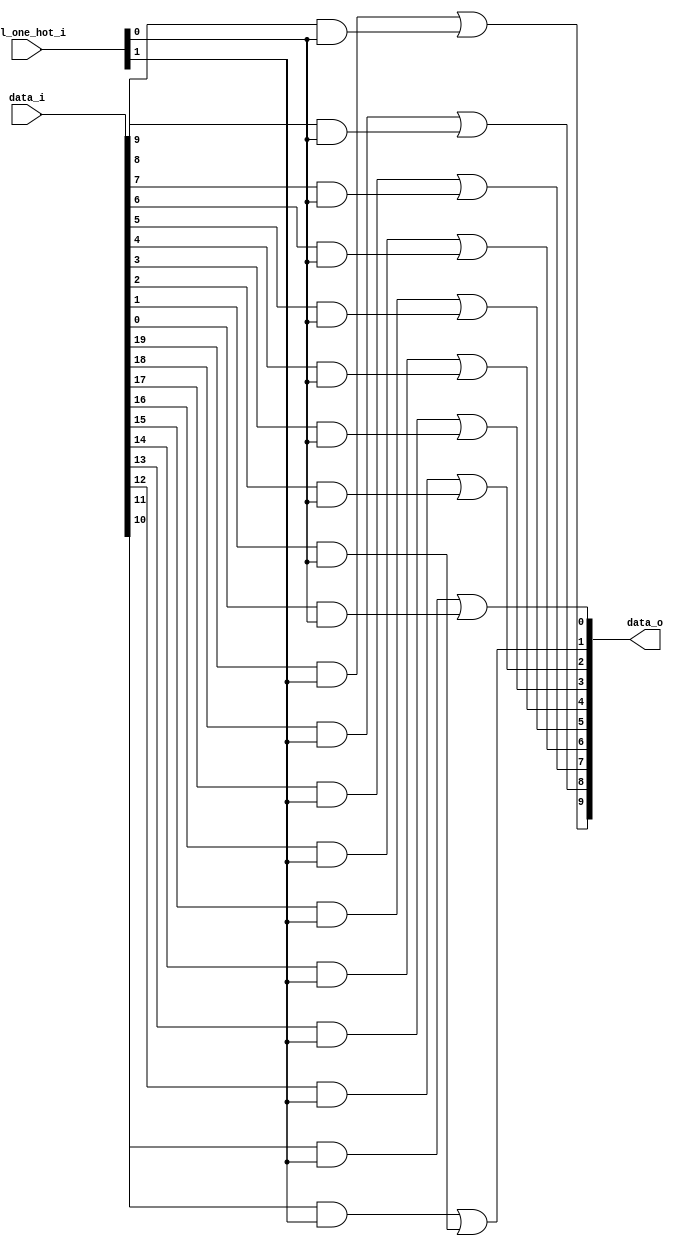
// This program was cloned from: https://github.com/NYU-MLDA/OpenABC
// License: BSD 3-Clause "New" or "Revised" License

module bsg_mux_one_hot_width_p10_els_p2
(
  data_i,
  sel_one_hot_i,
  data_o
);

  input [19:0] data_i;
  input [1:0] sel_one_hot_i;
  output [9:0] data_o;
  wire [9:0] data_o;
  wire [19:0] data_masked;
  assign data_masked[9] = data_i[9] & sel_one_hot_i[0];
  assign data_masked[8] = data_i[8] & sel_one_hot_i[0];
  assign data_masked[7] = data_i[7] & sel_one_hot_i[0];
  assign data_masked[6] = data_i[6] & sel_one_hot_i[0];
  assign data_masked[5] = data_i[5] & sel_one_hot_i[0];
  assign data_masked[4] = data_i[4] & sel_one_hot_i[0];
  assign data_masked[3] = data_i[3] & sel_one_hot_i[0];
  assign data_masked[2] = data_i[2] & sel_one_hot_i[0];
  assign data_masked[1] = data_i[1] & sel_one_hot_i[0];
  assign data_masked[0] = data_i[0] & sel_one_hot_i[0];
  assign data_masked[19] = data_i[19] & sel_one_hot_i[1];
  assign data_masked[18] = data_i[18] & sel_one_hot_i[1];
  assign data_masked[17] = data_i[17] & sel_one_hot_i[1];
  assign data_masked[16] = data_i[16] & sel_one_hot_i[1];
  assign data_masked[15] = data_i[15] & sel_one_hot_i[1];
  assign data_masked[14] = data_i[14] & sel_one_hot_i[1];
  assign data_masked[13] = data_i[13] & sel_one_hot_i[1];
  assign data_masked[12] = data_i[12] & sel_one_hot_i[1];
  assign data_masked[11] = data_i[11] & sel_one_hot_i[1];
  assign data_masked[10] = data_i[10] & sel_one_hot_i[1];
  assign data_o[0] = data_masked[10] | data_masked[0];
  assign data_o[1] = data_masked[11] | data_masked[1];
  assign data_o[2] = data_masked[12] | data_masked[2];
  assign data_o[3] = data_masked[13] | data_masked[3];
  assign data_o[4] = data_masked[14] | data_masked[4];
  assign data_o[5] = data_masked[15] | data_masked[5];
  assign data_o[6] = data_masked[16] | data_masked[6];
  assign data_o[7] = data_masked[17] | data_masked[7];
  assign data_o[8] = data_masked[18] | data_masked[8];
  assign data_o[9] = data_masked[19] | data_masked[9];

endmodule